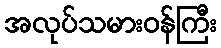
အလုပ်သမားဝန်ကြီး